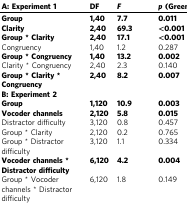
| A: Experiment 1 | DF | F | p (Greenhouse–Geisser) |
 | --- | --- | --- | --- |
 | Group | 1,40 | 7.7 | 0.011 |
 | Clarity | 2,40 | 69.3 | <0.001 |
 | Group * Clarity | 2,40 | 17.1 | <0.001 |
 | Congruency | 1,40 | 1.2 | 0.287 |
 | Group * Congruency | 1,40 | 13.2 | 0.002 |
 | Clarity * Congruency | 2,40 | 2.3 | 0.140 |
 | Group * Clarity * Congruency | 2,40 | 8.2 | 0.007 |
 | <COLSPAN=4> B: Experiment 2 |
 | Group | 1,120 | 10.9 | 0.003 |
 | Vocoder channels | 2,120 | 5.8 | 0.015 |
 | Distractor difficulty | 3,120 | 0.8 | 0.457 |
 | Group * Clarity | 2,120 | 0.2 | 0.765 |
 | Group * Distractor difficulty | 3,120 | 1.1 | 0.334 |
 | Vocoder channels * Distractor difficulty | 6,120 | 4.2 | 0.004 |
 | Group * Vocoder channels * Distractor difficulty | 6,120 | 1.8 | 0.149 |